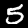
Label: 5